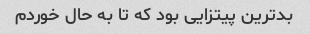
بدترین پیتزایی بود که تا به حال خوردم